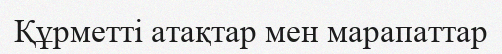
Құрметті атақтар мен марапаттар